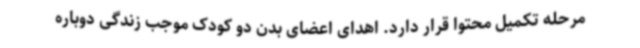
مرحله تکمیل محتوا قرار دارد. اهدای اعضای بدن دو کودک موجب زندگی دوباره